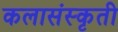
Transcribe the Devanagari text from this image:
कलासंस्कृती